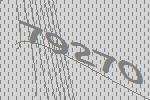
79270